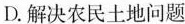
D.解决农民土地问题